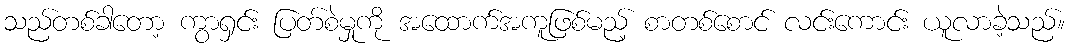
သည်တစ်ခါတော့ ကွာရှင်း ပြတ်စဲမှုကို အထောက်အကူဖြစ်မည့် စာတစ်စောင် လင်းကောင်း ယူလာခဲ့သည်။